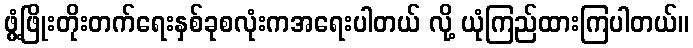
ဖွံ့ဖြိုးတိုးတက်ရေးနှစ်ခုစလုံးကအရေးပါတယ် လို့ ယုံကြည်ထားကြပါတယ်။